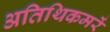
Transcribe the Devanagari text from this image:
अतिथिकमरें